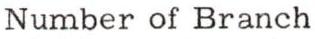
Number of Branch